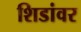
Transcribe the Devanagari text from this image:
शिडांवर